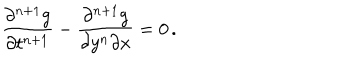
{ \frac { \partial ^ { n + 1 } g } { \partial t ^ { n + 1 } } } - { \frac { \partial ^ { n + 1 } g } { \partial y ^ { n } \partial x } } = 0 \, .